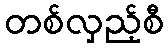
တစ်လှည့်စီ